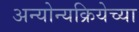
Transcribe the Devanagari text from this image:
अन्योन्यक्रियेच्या